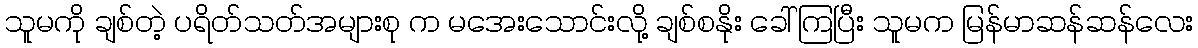
သူမကို ချစ်တဲ့ ပရိတ်သတ်အများစု က မအေးသောင်းလို့ ချစ်စနိုး ခေါ်ကြပြီး သူမက မြန်မာဆန်ဆန်လေး